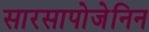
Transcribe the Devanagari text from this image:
सारसापोजेनिन